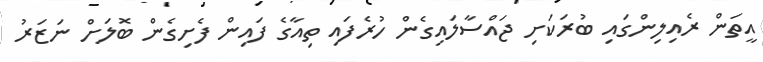
އީތަން ރެއިލިންގައި ބުރަކަށި ޖައްސާލައިގެން ހުރެފައި ތިއާގެ ފައިން ފެށިގެން ބޮލަށް ނަޒަރު